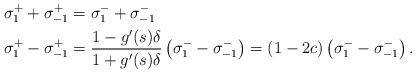
LaTeX: \begin{align*}\sigma^+_1 + \sigma^+_{-1} & = \sigma_1^- + \sigma^-_{-1} \\\sigma^+_{1} - \sigma^+_{-1} &= \frac{1-g'(s)\delta}{1+g'(s)\delta} \left( \sigma_1^- - \sigma_{-1}^- \right)= (1-2c) \left( \sigma_1^- - \sigma_{-1}^- \right). \end{align*}